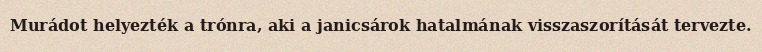
Murádot helyezték a trónra, aki a janicsárok hatalmának visszaszorítását tervezte.